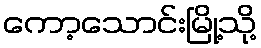
ကော့သောင်းမြို့သို့